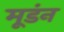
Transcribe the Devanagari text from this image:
मूडंन